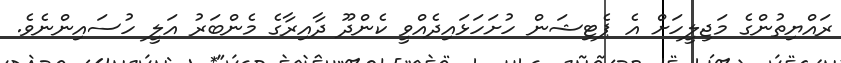
ރައްޔިތުންގެ މަޖިލީހަށް އެ ޕެޓިޝަން ހުށަހަޅައިދެއްވީ ކެންދޫ ދާއިރާގެ މެންބަރު އަލީ ހުސައިންނެވެ.